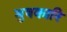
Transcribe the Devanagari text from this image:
मुषकारि